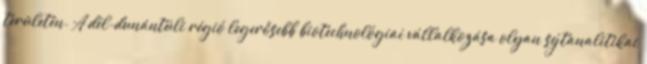
területén. A dél-dunántúli régió legerôsebb biotechnológiai vállalkozása olyan sejtanalitikai